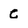
Character: c